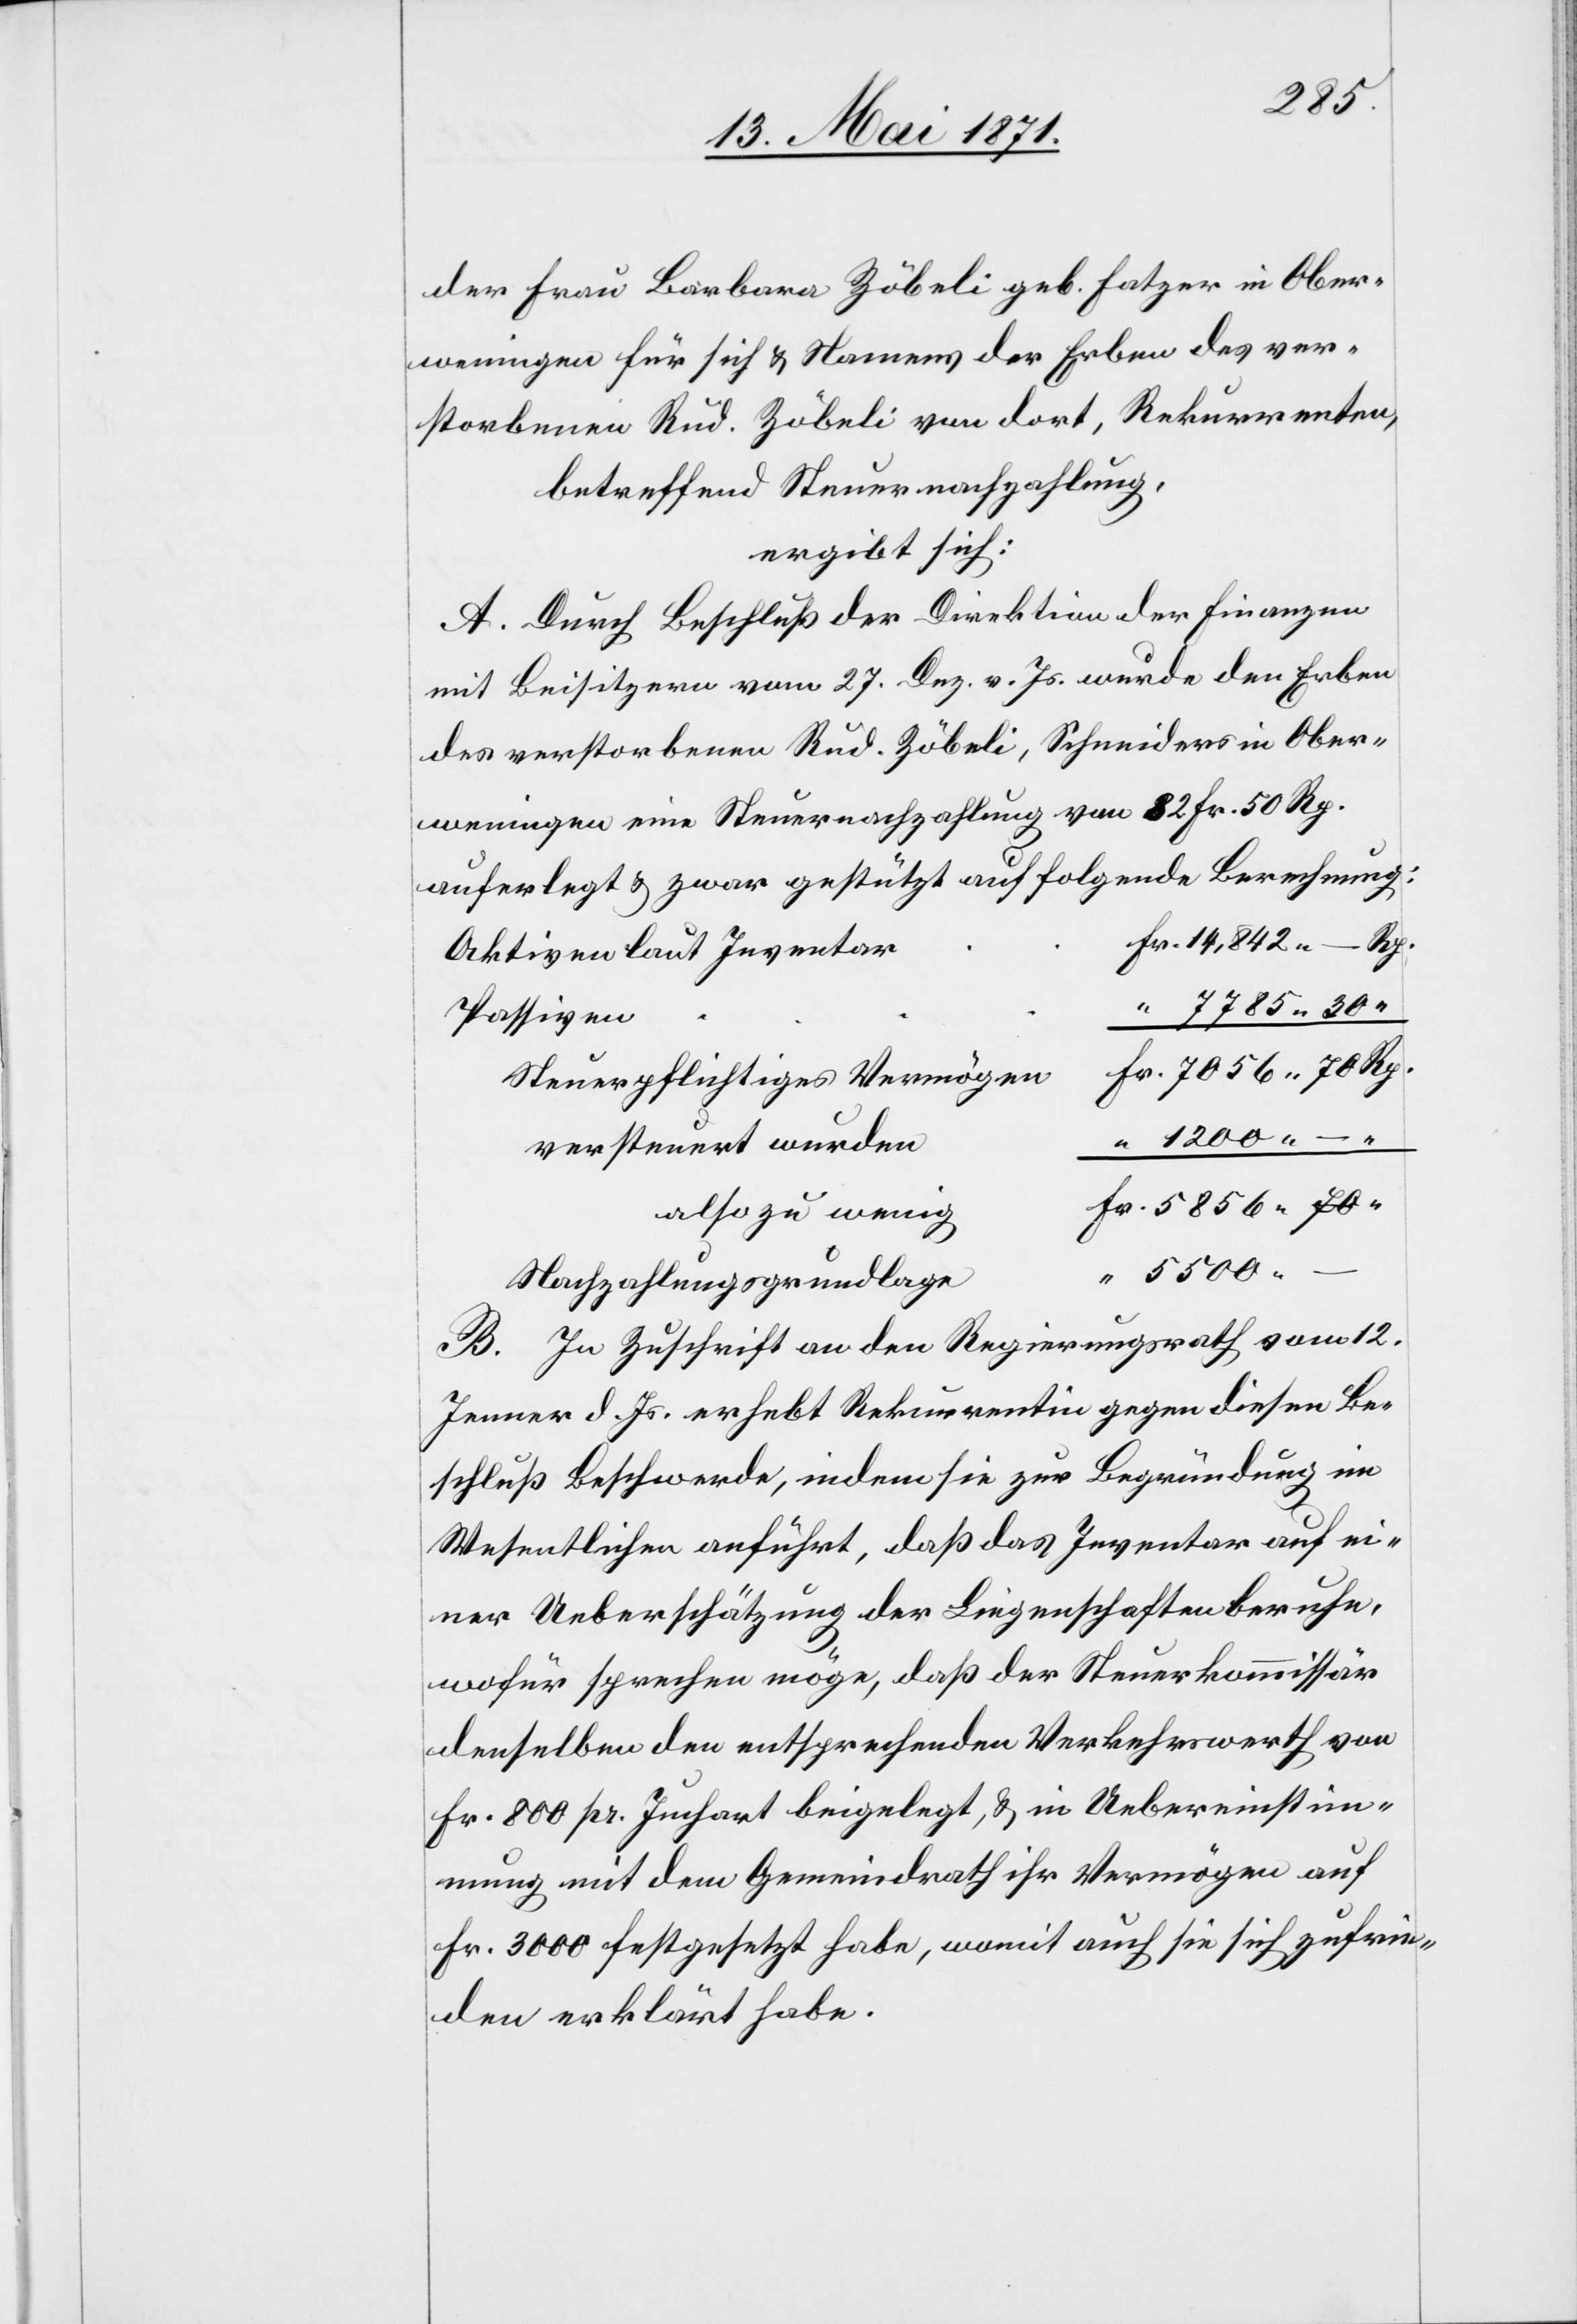
der Frau Barbara Zöbeli geb. Fatzer in Ober¬
weningen für sich u. Namens der Erben des ver¬
storbenen Rud. Zöbeli von dort, Rekurrenten,
betreffend Steuernachzahlung,
ergibt sich:
A. Durch Beschluß der Direktion der Finanzen
mit Beisitzern vom 27. Dez. v. Js. wurde den Erben
des verstorbenen Rud. Zöbeli, Schneider in Ober¬
weningen eine Steuernachzahlung von 82 Fr. 50 Rp.
auferlegt u. zwar gestützt auf folgende Berechnung:
Rp.
Aktiven laut Inventar
Fr.
Passiven
Steuerpflichtiges Vermögen
versteuert wurden
also zu wenig
Nachzahlungsgrundlage
B. In Zuschrift an den Regierungsrath vom 12.
Jenner d. Js. erhebt Rekurrentin gegen diesen Be¬
schluß Beschwerde, indem sie zur Begründung im
Wesentlichen anführt, daß das Inventar auf ei¬
ner Ueberschätzung der Liegenschaften beruhe,
wofür sprechen möge, daß der Steuerkommissär
denselben den entsprechenden Verkehrswerth von
Fr. 800 pr. Juchart beigelegt, u. in Uebereinstim¬
mung mit dem Gemeindrath ihr Vermögen auf
Fr. 3000 festgesetzt habe, womit auch sie sich zufrie¬
den erklärt habe.